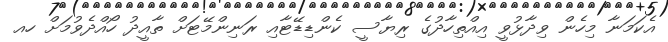
އެކަމަނާ މިހެން ވިދާޅުވީ އިއްތިހާދުގެ ރިޔާސީ ކެންޑިޑޭޓާއި ރަނިންމޭޓަށް ތާއީދު ހޯއްދެވުމަށް ހއ